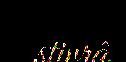
stivrâ